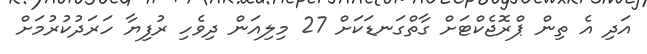
އަދި އެ ތިން ޕްރޮޖެކްޓަށް ގާތްގަނޑަކަށް 27 މިލިއަން ދިވެހި ރުފިޔާ ހަރަދުކުރުމަށް